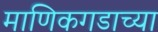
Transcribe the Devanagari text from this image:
माणिकगडाच्या